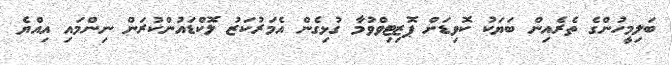
ބަލިމީހުންގެ ތެރެއިން ބަޔަކު ކޮވިޑަށް ޕޮޒިޓިވްވުމާ ގުޅިގެން އެމަރުކަޒު ލޮކްޑައުންކުރަން ނިންމައި އިއްޔެ